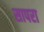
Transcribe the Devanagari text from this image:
सापरा